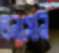
লনসেনি